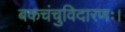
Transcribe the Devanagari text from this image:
बकचंचुविदारणः।